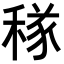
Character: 𥠂